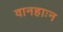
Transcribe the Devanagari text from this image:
वानहाःन